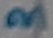
Text: 3